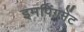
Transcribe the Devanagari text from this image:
इमपिंगमेंट